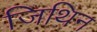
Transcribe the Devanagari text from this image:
जिथिन